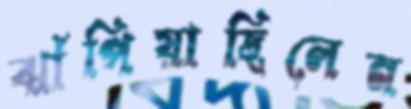
ঝাঁপিয়াছিলেন